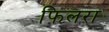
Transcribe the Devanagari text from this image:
फिलरा